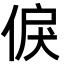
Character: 㑦